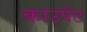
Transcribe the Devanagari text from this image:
काउपेट